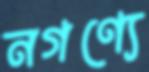
নগণ্যে